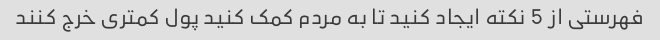
فهرستی از 5 نکته ایجاد کنید تا به مردم کمک کنید پول کمتری خرج کنند